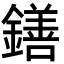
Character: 鐥